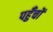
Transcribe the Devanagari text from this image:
पहुँचों